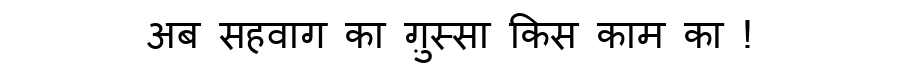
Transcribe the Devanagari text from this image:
अब सहवाग का ग़ुस्सा किस काम का !